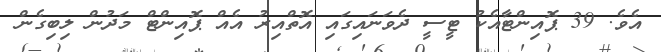
އެވެ. 39 ޕޮއިންޓާއެކު ޓީސީ ދެވަނައިގައި އޮތްއިރު އެއް ޕޮއިންޓް މަދުން ލިބިގެން